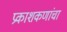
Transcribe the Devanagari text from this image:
प्रकाशकणांचा